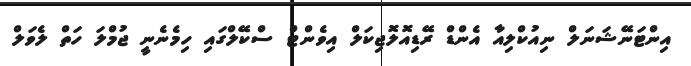
އިންޓަނޭޝަނަލް ނިއުކްލިއާ އެންޑް ރޭޑިއޮލޮޖިކަލް އިވެންޓް ސްކޭލްގައި ހިމެނެނީ ޖުމްލަ ހަތް ލެވަލް